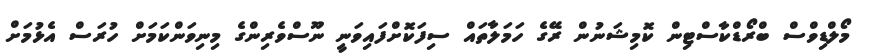
މޯލްޑިވްސް ބްރޯޑްކާސްޓިން ކޮމިޝަނުން ރޭގެ ހަމަލާތައް ސިފަކޮށްފައިވަނީ ނޫސްވެރިންގެ މިނިވަންކަމަށް ހުރަސް އެޅުމަށް